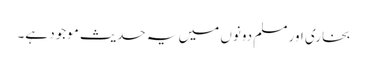
بخاری اور مسلم دونوں میں یہ حدیث موجود ہے۔